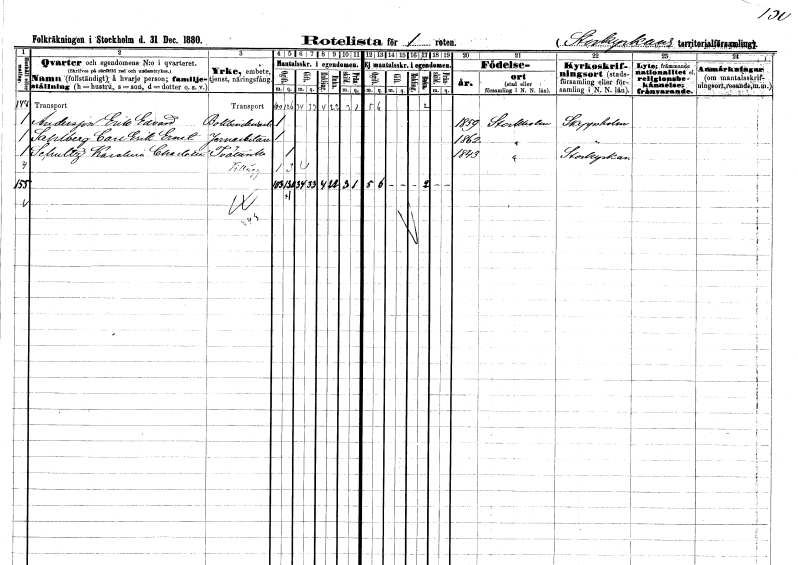
gt_parse: households: individuals: FN: Erik Edvard
EN: Andersson
YRKE: Bokbinderiarbetare
KON: M
CIV: O
FODAR: 1859
FODFORS: Stockholm
FN: Carl Erik Ernst
EN: Sahlberg
YRKE: Järnarbetare
KON: M
CIV: O
FODAR: 1862
FODFORS: Stockholm
FN: Karolina Charlotta
EN: Schultz
YRKE: Tvätterska
KON: K
CIV: O
FODAR: 1843
FODFORS: Stockholm